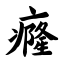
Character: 癃